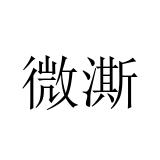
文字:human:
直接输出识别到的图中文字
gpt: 微澌